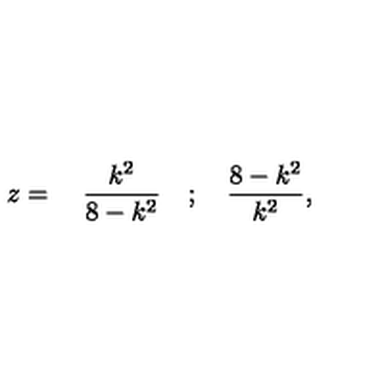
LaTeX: z = \quad \frac { k ^ { 2 } } { 8 - k ^ { 2 } } \quad ; \quad \frac { 8 - k ^ { 2 } } { k ^ { 2 } } ,